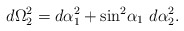
\begin{align*}d\Omega_2^2=d\alpha_1^2+{\sin}^2{\alpha_1} \ d\alpha_2^2.\end{align*}